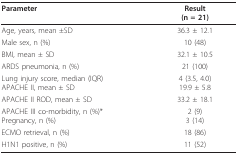
<table><thead><tr><td><b>Parameter</b></td><td><b>Result(n = 21)</b></td></tr></thead><tbody><tr><td>Age, years, mean ±SD</td><td>36.3 ± 12.1</td></tr><tr><td>Male sex, n (%)</td><td>10 (48)</td></tr><tr><td>BMI, mean ± SD</td><td>32.1 ± 10.5</td></tr><tr><td>ARDS pneumonia, n (%)</td><td>21 (100)</td></tr><tr><td>Lung injury score, median (IQR)APACHE II, mean ± SD</td><td>4 (3.5, 4.0)19.9 ± 5.8</td></tr><tr><td>APACHE II ROD, mean ± SD</td><td>33.2 ± 18.1</td></tr><tr><td>APACHE III co-morbidity, n (%)*Pregnancy, n (%)</td><td>2 (9)3 (14)</td></tr><tr><td>ECMO retrieval, n (%)</td><td>18 (86)</td></tr><tr><td>H1N1 positive, n (%)</td><td>11 (52)</td></tr></tbody></table>